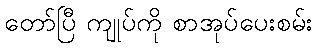
တော်ပြီ ကျုပ်ကို စာအုပ်ပေးစမ်း